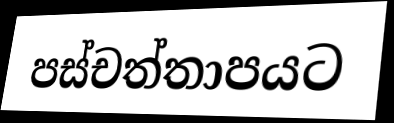
පස්චත්තාපයට